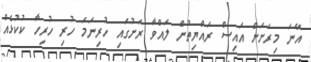
އޭނަ މިރަށަށް އައިސް ރައްޔިތުން ލައްވާ ރަށުގައި ހުރިނަމަ ހުރި ހުރިހާ ކުކުޅެއް